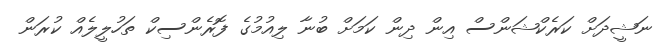
ނަޝީދަށް ކަރެކްޝަންސް އިން ދިން ކަމަށް ބުނާ ލިއުމުގެ ފޮރެންސިކް ތަހުލީލެއް ކުރަން